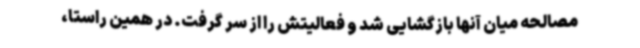
مصالحه میان آنها بازگشایی شد و فعالیتش را از سر گرفت. در همین راستا،